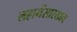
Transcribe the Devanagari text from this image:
लहानेंसारखाच